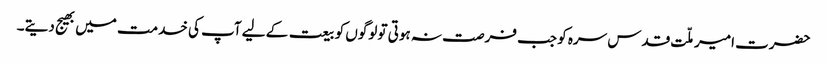
حضرت امیر ملّت قدس سرہ کو جب فرصت نہ ہوتی تو لوگوں کو بیعت کے لیے آپ کی خدمت میں بھیج دیتے۔